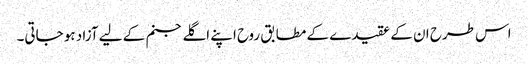
اس طرح ان کے عقیدے کے مطابق روح اپنے اگلے جنم کے لیے آزاد ہو جاتی۔